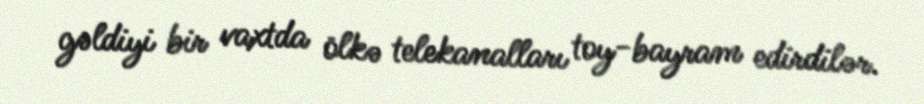
gəldiyi bir vaxtda ölkə telekanalları toy-bayram edirdilər.